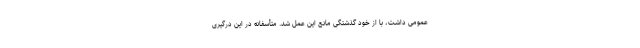
عمومی داشت، با از خود گذشتگی مانع این عمل شد. متأسفانه در این درگیری